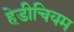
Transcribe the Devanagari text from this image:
हेडीचियम